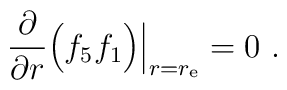
\frac{\partial}{\partial r} \Big( f_5 f_1 \Big) \Big|_{r=r_{\rm e}} = 0\ .